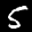
Digit: 5